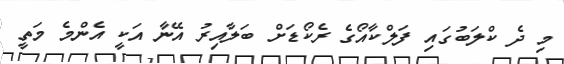
މި ދެ ކްލަބުގައި ފަލްކާއޯގެ ރެކޯޑަށް ބަލާއިރު އޭނާ އަކީ އެންމެ މަތީ